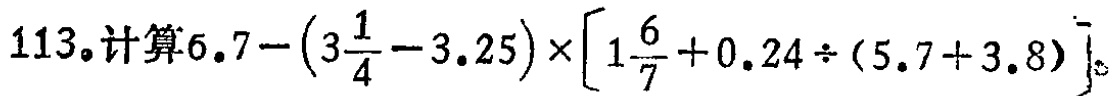
$113。计算6.7-(3\frac{1}{4}-3.25)\times[1\frac{6}{7}+0.24\div(5.7 + 3.8)]。$